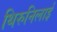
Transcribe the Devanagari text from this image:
थिरुनिलाई